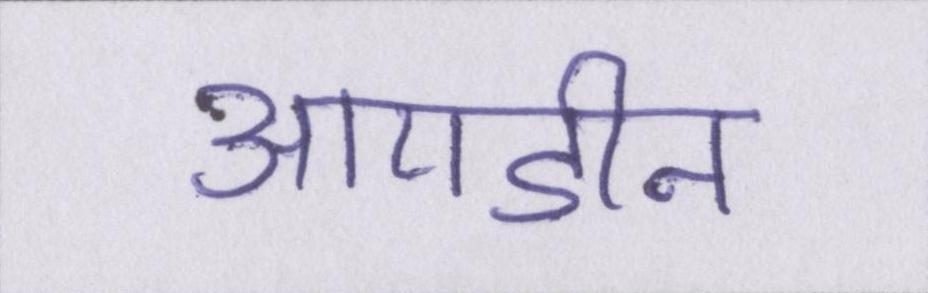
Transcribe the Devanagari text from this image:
आयडीन